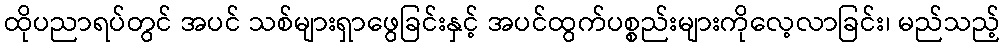
ထိုပညာရပ်တွင် အပင် သစ်များရှာဖွေခြင်းနှင့် အပင်ထွက်ပစ္စည်းများကိုလေ့လာခြင်း၊ မည်သည့်